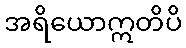
အရိယောဣတိပိ